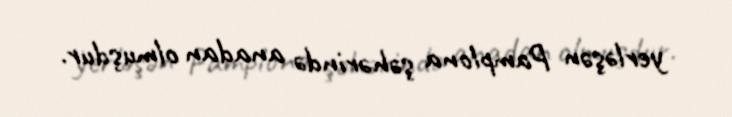
yerləşən Pamplona şəhərində anadan olmuşdur.